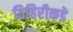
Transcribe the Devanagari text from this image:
विहिरीकडे